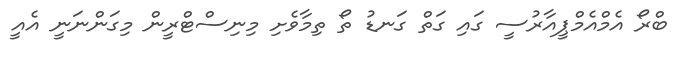
ބްރޯ އެމްއެމްޕީއާރުސީ ގައި ގަތް ގަނޑު ތޯ ތިމާވެށި މިނިސްޓްރީން މިގަންނަނީ އެއީ